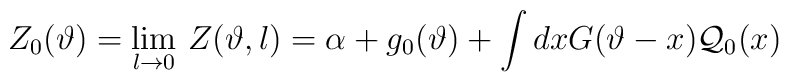
Z_{0}(\vartheta )=\lim _{l\rightarrow 0}\, Z(\vartheta ,l)=\alpha +g_{0}(\vartheta )+\displaystyle\int dxG(\vartheta -x){\cal Q}_{0}(x)